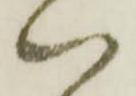
ハ